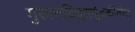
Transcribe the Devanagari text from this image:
गुरुत्वविद्युतचुंबकीतील